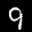
Label: 9